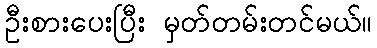
ဦးစားပေးပြီး မှတ်တမ်းတင်မယ်။